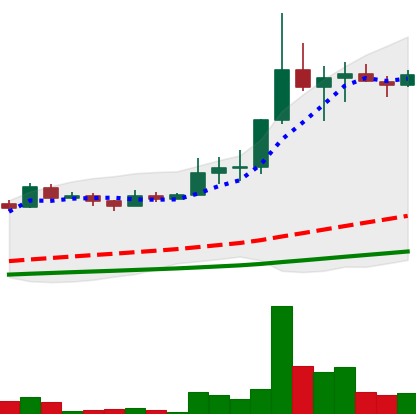
Ticker: LINK-USD
Chart end date: 2019-07-05
Forward return: -13.91%
Label: down_7plus